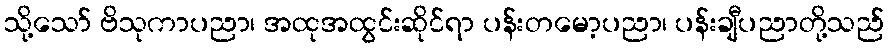
သို့သော် ဗိသုကာပညာ၊ အထုအထွင်းဆိုင်ရာ ပန်းတမော့ပညာ၊ ပန်းချီပညာတို့သည်